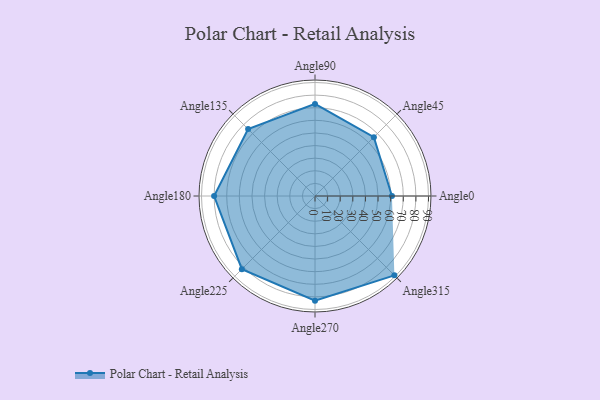
{"axis": {"x": "Angle", "y": "Radius"}, "legend": [""], "data": [{"x": "Angle0", "y": 61.0, "type": ""}, {"x": "Angle45", "y": 66.0, "type": ""}, {"x": "Angle90", "y": 73.0, "type": ""}, {"x": "Angle135", "y": 75.0, "type": ""}, {"x": "Angle180", "y": 80.0, "type": ""}, {"x": "Angle225", "y": 82.0, "type": ""}, {"x": "Angle270", "y": 83.0, "type": ""}, {"x": "Angle315", "y": 89.0, "type": ""}]}